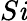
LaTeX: S\mathit{i}